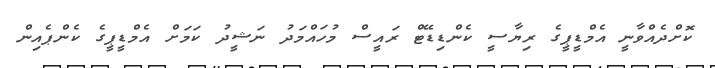
ކޮށްދެއްވާނީ އެމްޑީޕީގެ ރިޔާސީ ކެންޑިޑޭޓް ރައީސް މުހައްމަދު ނަޝީދު ކަމަށް އެމްޑީޕީގެ ކެންޕެއިން